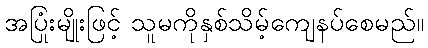
အပြုံးမျိုးဖြင့် သူမကိုနှစ်သိမ့်ကျေနပ်စေမည်။